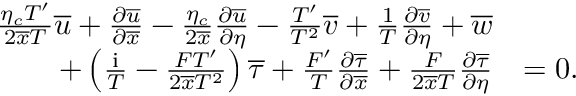
\begin{array} { r l } { \frac { \eta _ { c } T ^ { \prime } } { 2 \overline { { x } } T } \overline { { u } } + \frac { \partial \overline { { u } } } { \partial \overline { { x } } } - \frac { \eta _ { c } } { 2 \overline { { x } } } \frac { \partial \overline { { u } } } { \partial \eta } - \frac { T ^ { \prime } } { T ^ { 2 } } \overline { { v } } + \frac { 1 } { T } \frac { \partial \overline { { v } } } { \partial \eta } + \overline { { w } } } & { } \\ { + \left( \frac { \mathrm { i } } { T } - \frac { F T ^ { \prime } } { 2 \overline { { x } } T ^ { 2 } } \right) \overline { { \tau } } + \frac { F ^ { \prime } } { T } \frac { \partial \overline { { \tau } } } { \partial \overline { { x } } } + \frac { F } { 2 \overline { { x } } T } \frac { \partial \overline { { \tau } } } { \partial \eta } } & { = 0 . } \end{array}